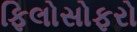
ફિલોસોફરો